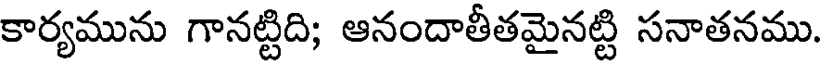
కార్యమును గానట్టిది; ఆనందాతీతమైనట్టి సనాతనము.